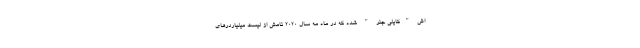
اش "کایلی جنر " شده که در ماه مه سال 2020 نامش از لیست میلیاردرهای